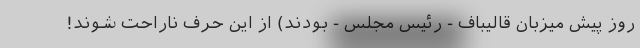
روز پیش میزبان قالیباف - رئیس مجلس - بودند) از این حرف ناراحت شوند!